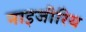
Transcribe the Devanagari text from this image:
नाइजीरिय